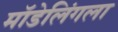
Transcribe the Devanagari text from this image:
मॉडेलिंगला